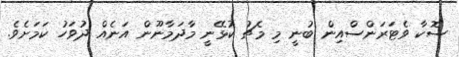
ސޮކާ ވެޓަރަންސްއިން ބުނީ މި މެޗު ކުޅޭނީ މާދަމާނޫން އަނެއް ދުވަހު ކަމަށެވެ.